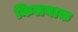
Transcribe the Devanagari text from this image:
किलयाक